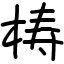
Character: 梼